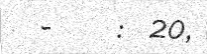
-     :  20